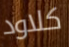
كلاود